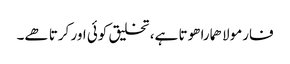
فارمولا ھمارا ھوتا ہے، تخلیق کوئی اور کرتا ھے۔